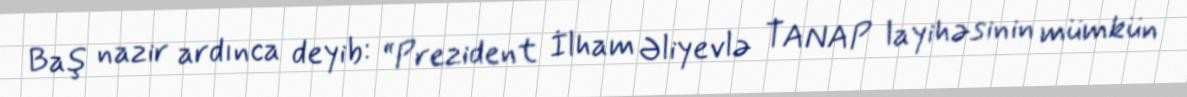
Baş nazir ardınca deyib: “Prezident İlham Əliyevlə TANAP layihəsinin mümkün